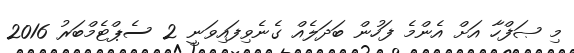
މި ޞަފްހާ އަށް އެންމެ ފަހުން ބަދަލެއް ގެނެވިފައިވަނީ 2 ސެޕްޓެމްބަރު 2016